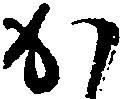
か